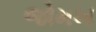
જોમખ